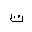
Letter: _ta